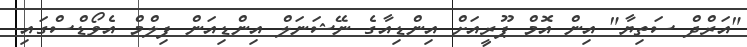
"އަރްދް ސަތިޔާ" އިން އޮމް ޕޫރީއަށް އިންޑިއާގެ ނޭޝަނަލް އިންޑިއަން ފިލްމް އެވޯޑްސްގައި